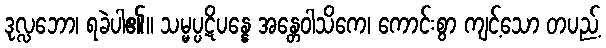
ဒုလ္လဘော၊ ရခဲပါ၏။ သမ္မပ္ပဋိပန္နေ အန္တေဝါသိကေ၊ ကောင်းစွာ ကျင့်သော တပည့်